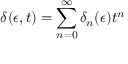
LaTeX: \delta ( \epsilon , t ) = \sum _ { n = 0 } ^ { \infty } \delta _ { n } ( \epsilon ) t ^ { n }